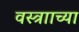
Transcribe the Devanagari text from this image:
वस्त्रााच्या